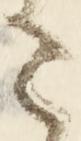
さ